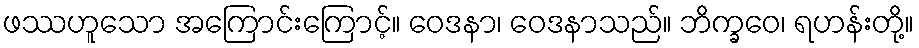
ဖဿဟူသော အကြောင်းကြောင့်။ ဝေဒနာ၊ ဝေဒနာသည်။ ဘိက္ခဝေ၊ ရဟန်းတို့။